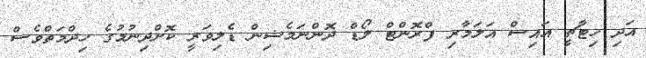
އަދި ހިޓާޗީ އައިސް އަލަމާރި ފްރޮންޓް ލޯޑް ދޮންނަމެޝިން ޑެލިވަރީ ކޮށްދިނުމުގެ ހިދްމަތްވެސް